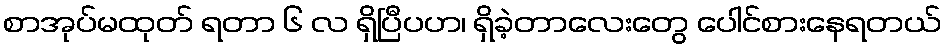
စာအုပ်မထုတ် ရတာ ၆ လ ရှိပြီပဟ၊ ရှိခဲ့တာလေးတွေ ပေါင်စားနေရတယ်